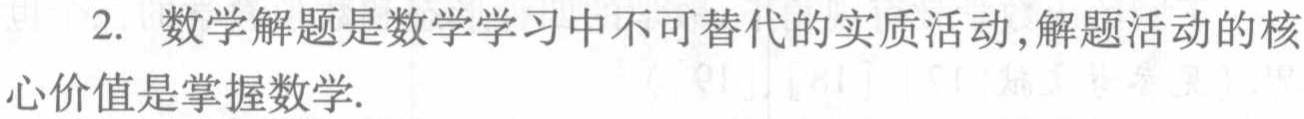
2. 数学解题是数学学习中不可替代的实质活动,解题活动的核

心价值是掌握数学.